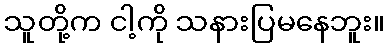
သူတို့က ငါ့ကို သနားပြမနေဘူး။